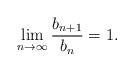
LaTeX: \begin{align*}\lim_{n\rightarrow\infty}\frac{b_{n+1}}{b_{n}}=1.\end{align*}